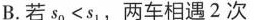
B. 若$$s _ { 0 } < s _ { 1 }，两车相遇2次